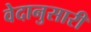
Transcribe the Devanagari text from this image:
वेदानुसारी